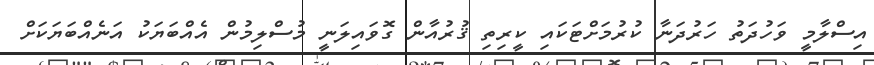
އިސްލާމީ ވަހުދަތު ހަރުދަނާ ކުރުމަށްޓަކައި ކީރިތި ޤުރުއާން ގޮވައިލަނީ މުސްލިމުން އެއްބަޔަކު އަނެއްބަޔަކަށް